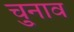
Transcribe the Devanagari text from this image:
चु्नाव